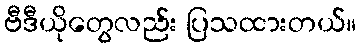
ဗီဒီယိုတွေလည်း ပြသထားတယ်။